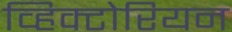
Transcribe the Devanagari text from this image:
व्हिक्टोरियन